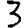
Digit: 3